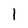
Character: 1